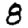
Digit: 8